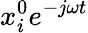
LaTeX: x_{i}^{0}e^{-j{\omega}t}